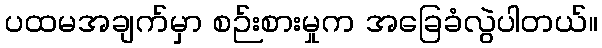
ပထမအချက်မှာ စဉ်းစားမှုက အခြေခံလွဲပါတယ်။